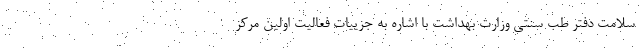
سلامت دفتر طب سنتی وزارت بهداشت با اشاره به جزییات فعالیت اولین مرکز